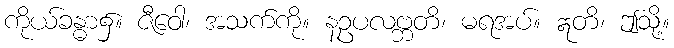
ကိုယ်ခန္ဓာ၌။ ဇီဝေါ၊ အသက်ကို။ နဥပလဗ္ဘတိ၊ မရအပ်။ ဣတိ၊ ဤသို့။